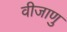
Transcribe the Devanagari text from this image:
वीजाणु